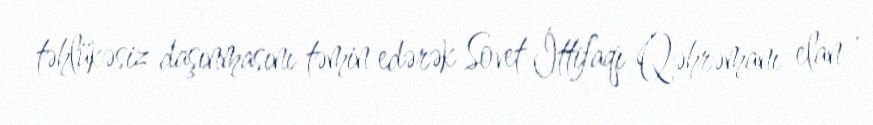
təhlükəsiz daşınmasını təmin edərək Sovet İttifaqı Qəhrəmanı elan .